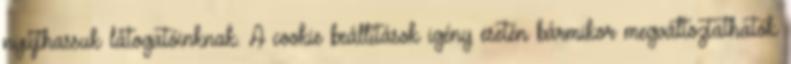
nyújthassuk látogatóinknak. A cookie beállítások igény esetén bármikor megváltoztathatók